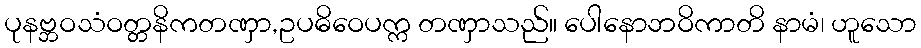
ပုနဗ္ဘဝသံဝတ္တနိကတဏှာ,ဥပဓိဝေပက္က တဏှာသည်။ ပေါနောဘဝိကာတိ နာမံ၊ ဟူသော